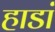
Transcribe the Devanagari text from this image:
हाडां